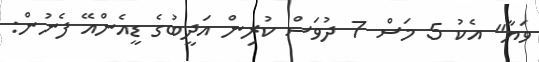
ވަޔާ" އެކު 5 މަސް 7 ދުވަސް ކުރިން އަދީބުގެ ޑީއެންއޭ ފެނުން: